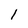
Character: 1